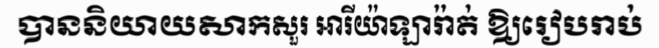
បាននិយាយសាកសួរ អារីយ៉ាឡារ៉ាត់ ឱ្យរៀបរាប់